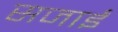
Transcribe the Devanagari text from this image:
सजाईं